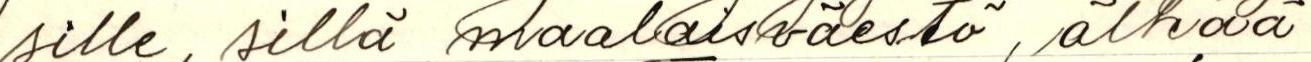
sille, sillä maalaisväestö, älkää